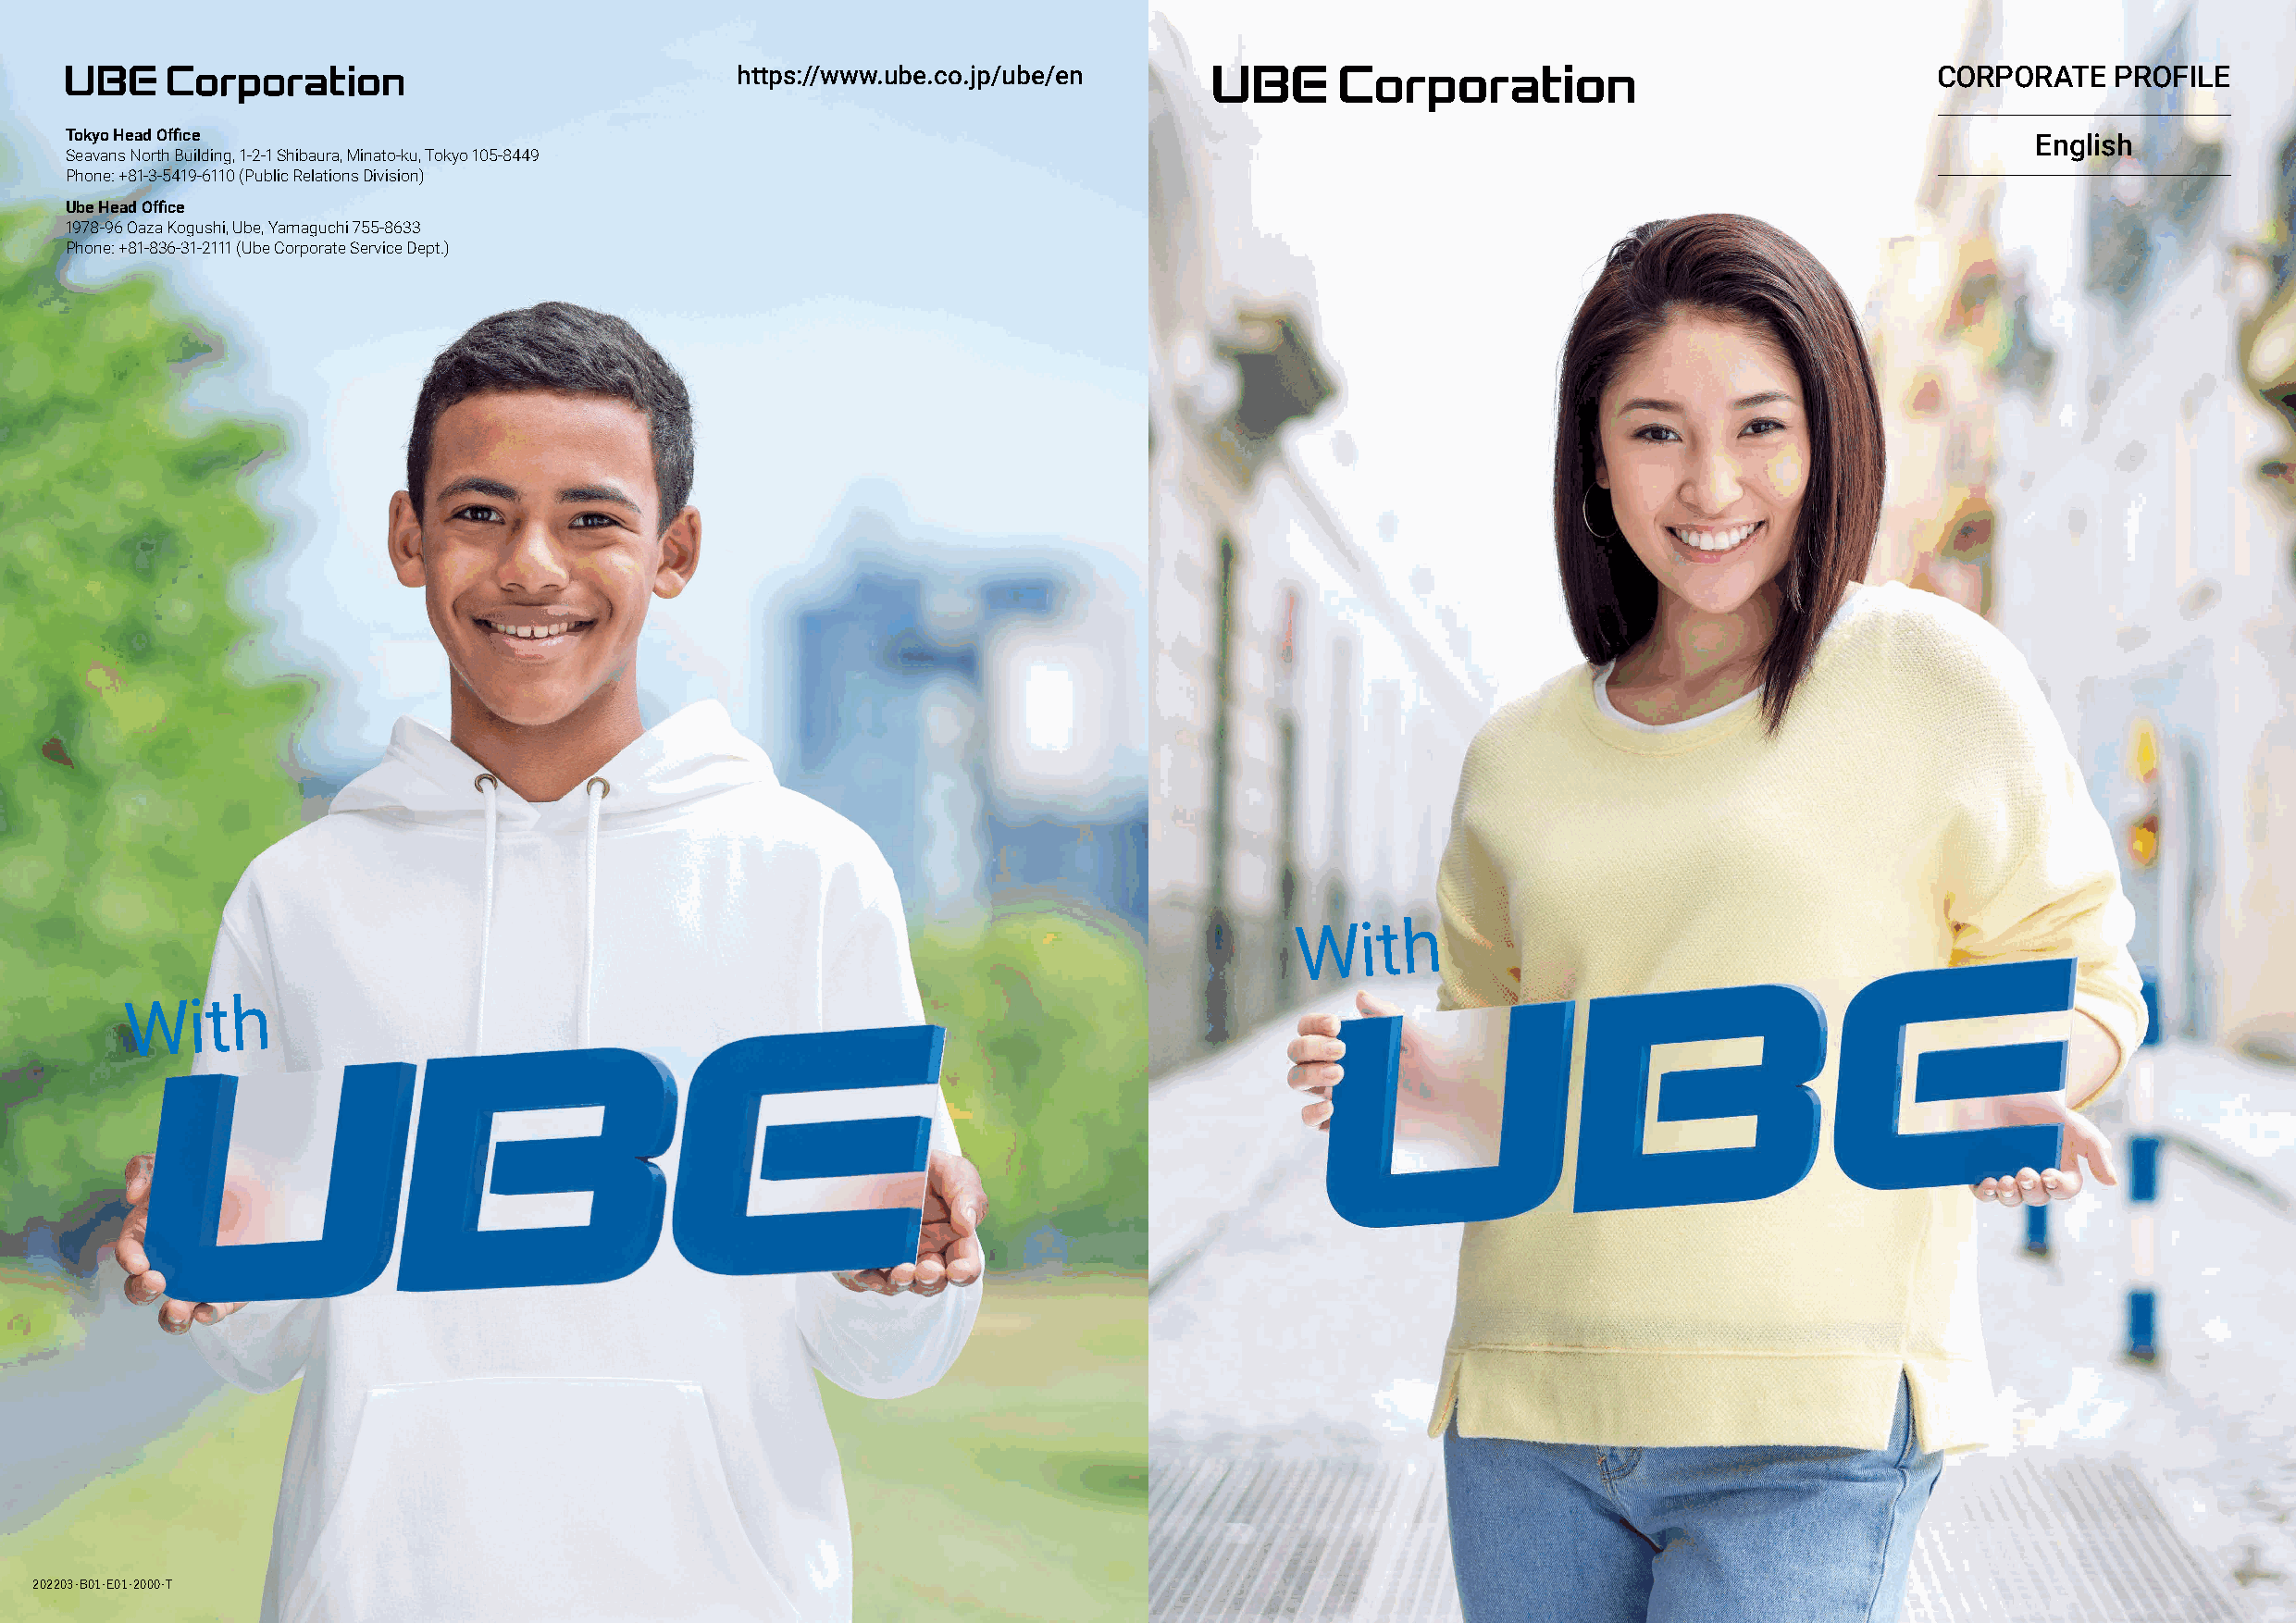
https://www.ube.co.jp/ube/en                                                          CORPORATE   PROFILE
 Tokyo Head Office                                                                                                                            English
 Seavans North Building, 1-2-1 Shibaura, Minato-ku, Tokyo 105-8449
 Phone: +81-3-5419-6110 (Public Relations Division)
 Ube Head Office
 1978-96 Oaza Kogushi, Ube, Yamaguchi 755-8633
 Phone: +81-836-31-2111 (Ube Corporate Service Dept.)
 With
 With
 202203-B01-E01-2000-T